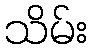
သိမ်း